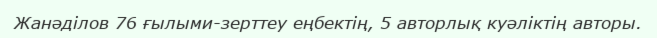
Жанәділов 76 ғылыми-зерттеу еңбектің, 5 авторлық куәліктің авторы.